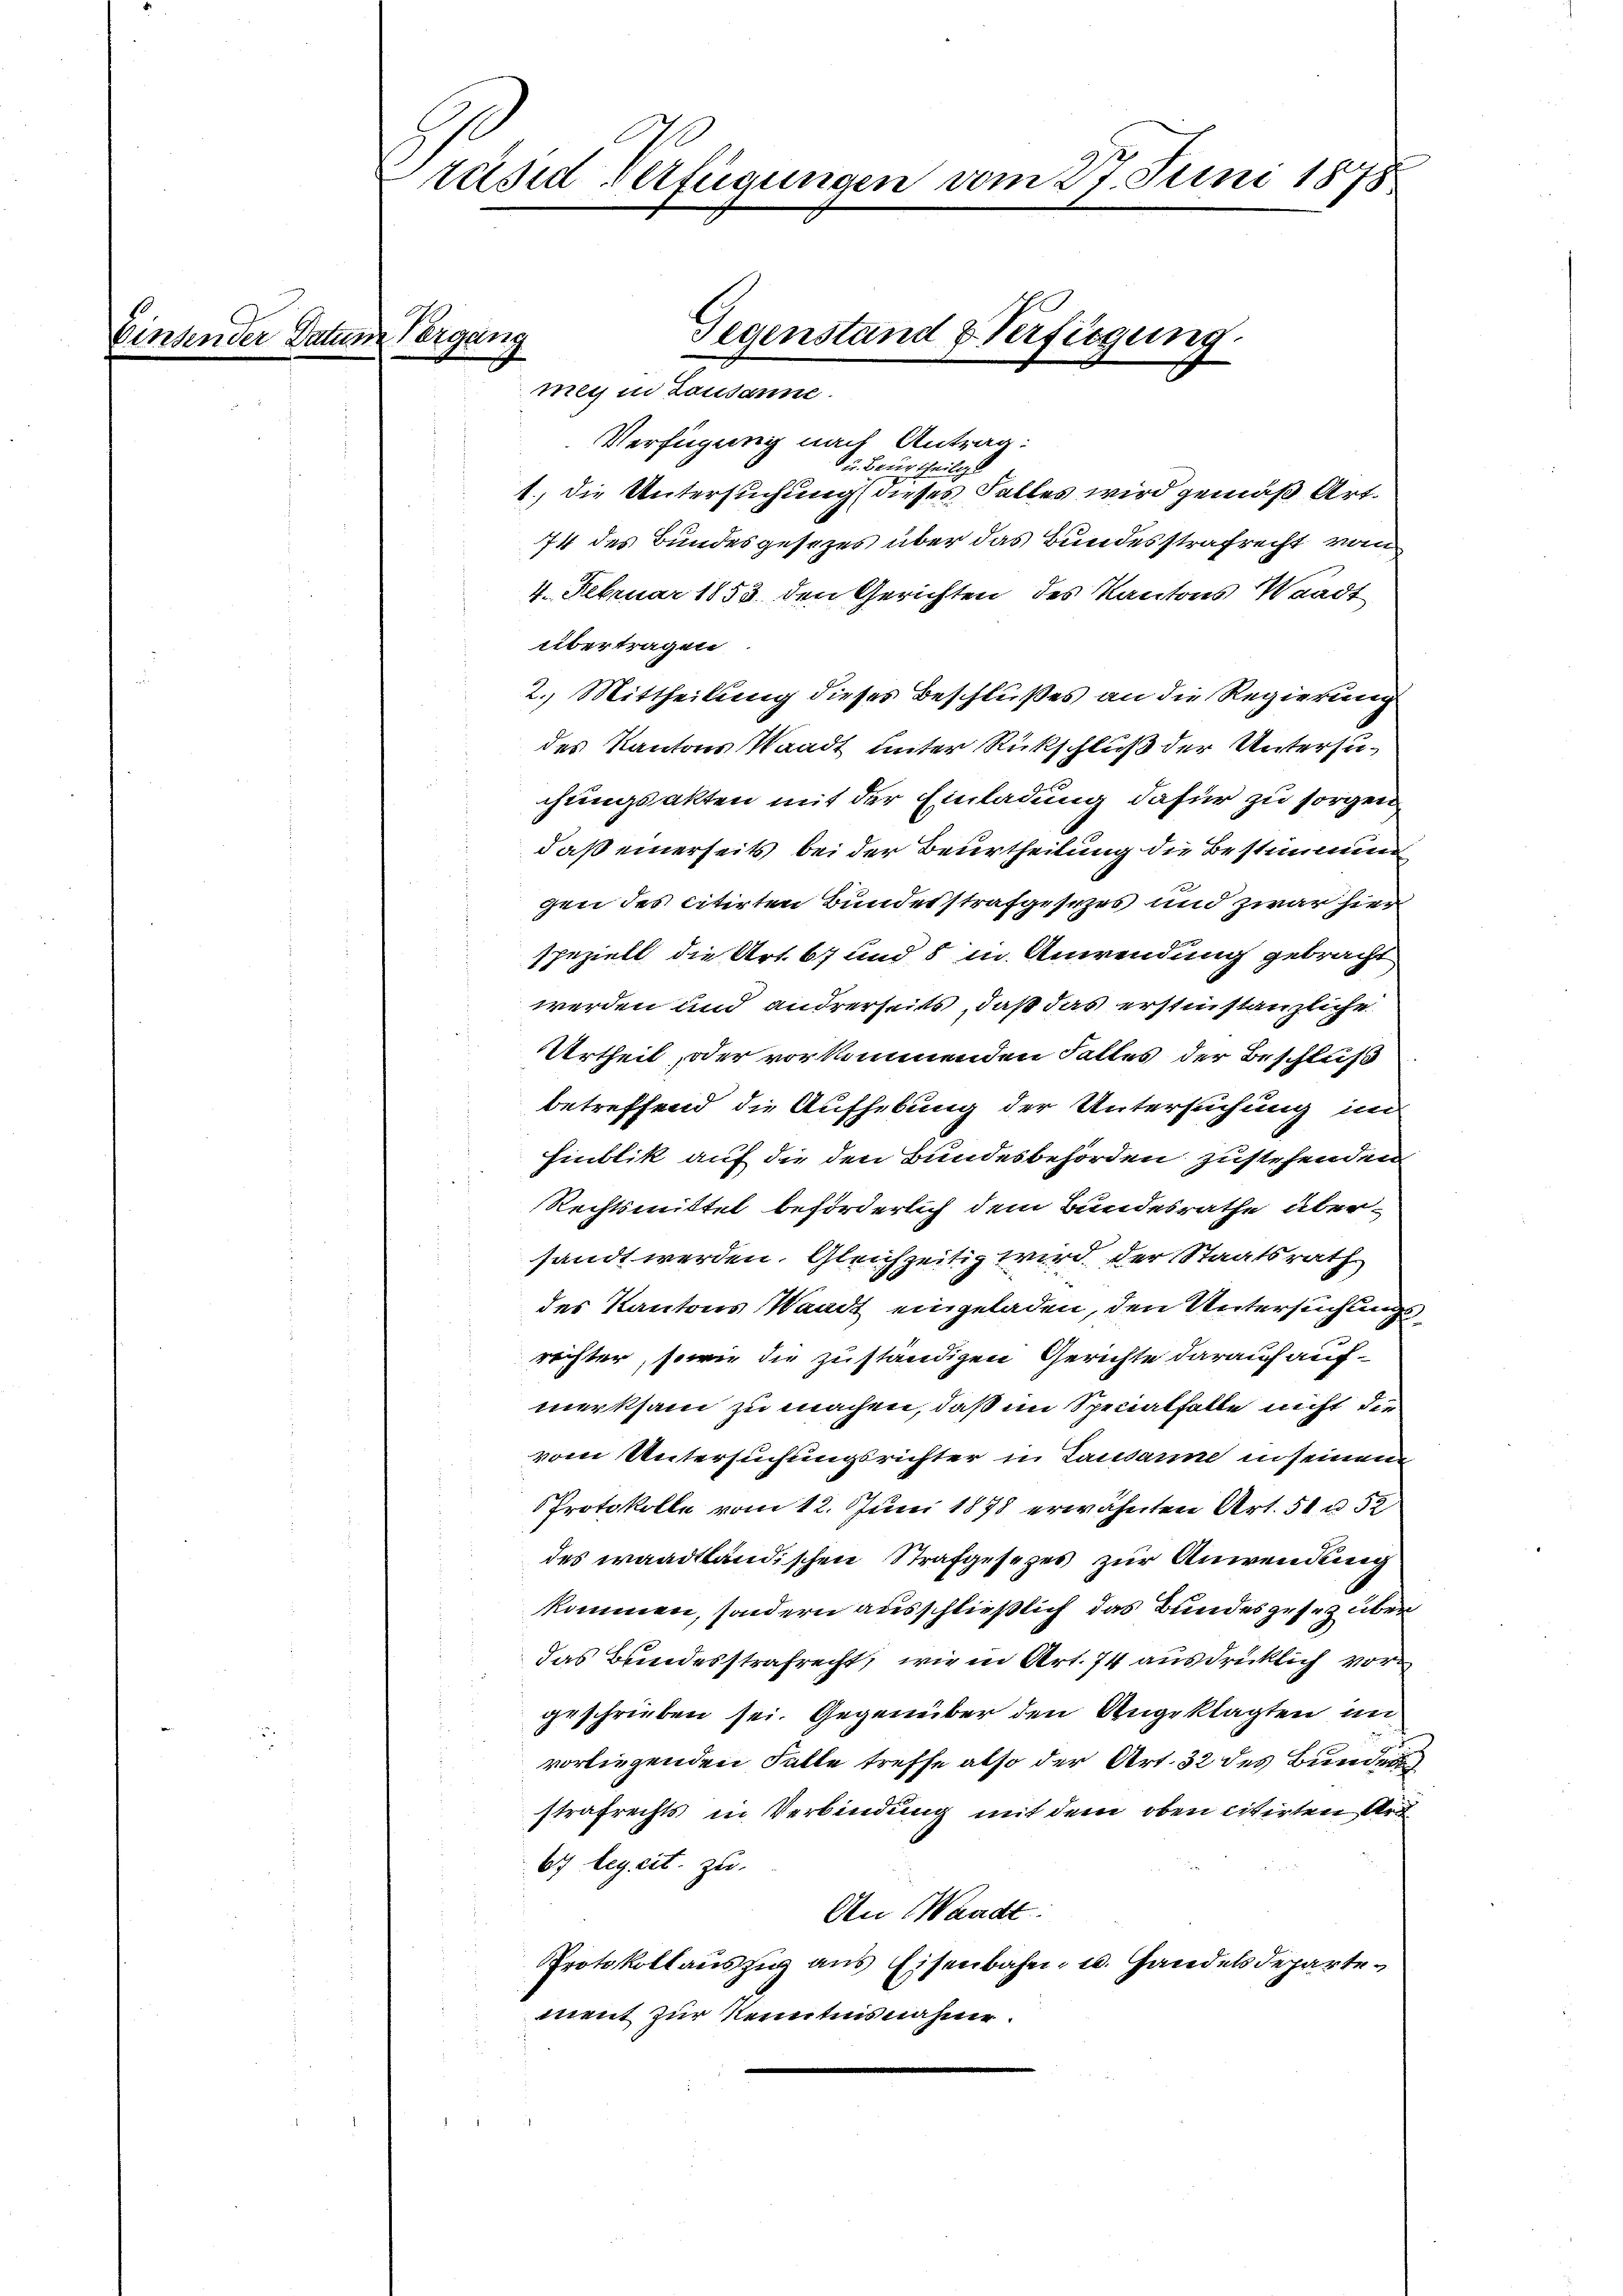
Centen.

24

Pallen

Präsid Verfügungen vom 27. Juni 1878

ergang
mey in Lausanne.

Gegenstand & Verfügung.

Verfügung nach Antrag:
u. Beurtheilg
1., die Untersuchung dieses Falles wird gemäß Art.
74 des Bundesgesezes über das Bundesstrafrecht von
4. Februar 1853 den Gerichten des Kantons Waadt
übertragen.
2. Mittheilung dieses Beschlußes an die Regierung
des Kantons Waadt unter Rückschluß der Untersuchungsakten mit der Einladung dafür zu sorgen
daß einerseits bei der Beurtheilung die Bestimmung
gen des citirten Bundesstrafgesezes und zwar hier
speziell die Art. 67 und 8 in Anwendung gebracht
werden und andrerseits, daß das erstinstanzliche
Urtheil, oder vorkommenden Falles der Beschluß
betreffend die Aufhebung der Untersuchung im
Hinblik auf die den Bundesbehörden zustehenden
Rechtsmittel beförderlich dem Bundesrathe übersandt werden. Gleichzeitig wird, der Staatsrath
des Kantons Waadt eingeladen, den Untersuchungsrechter, sowie die zuständigen Gerichte darauf aufmerksam zu machen, daß im Specialfalle nicht die
vom Untersuchungsrichter in Lausanne in seinem
Protokolle vom 12. Juni 1878 erwähnten Art. 50 u. 32
des waadtländischen Strafgesezes zur Anwendung
kommen, sondern ausschließlich das Bundesgesetz über
das Bundesstrafrecht, wie in Art. 74 ausdrücklich vor
geschrieben sei. Gegenüber den Angeklagten im
vorliegenden Falle treffe also der Art. 32 des Bunder
strafrechts in Verbindung mit dem oben citirten Art
67 leg cit. zu
An Waadt.
Protokollauszig aus Eisenbahn- u. Handelsdepartement zur Kenntnisnahme.